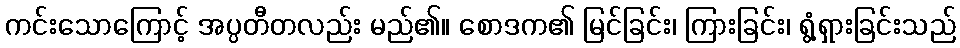
ကင်းသောကြောင့် အပ္ပတီတလည်း မည်၏။ စောဒက၏ မြင်ခြင်း၊ ကြားခြင်း၊ ရွံ့ရှားခြင်းသည်